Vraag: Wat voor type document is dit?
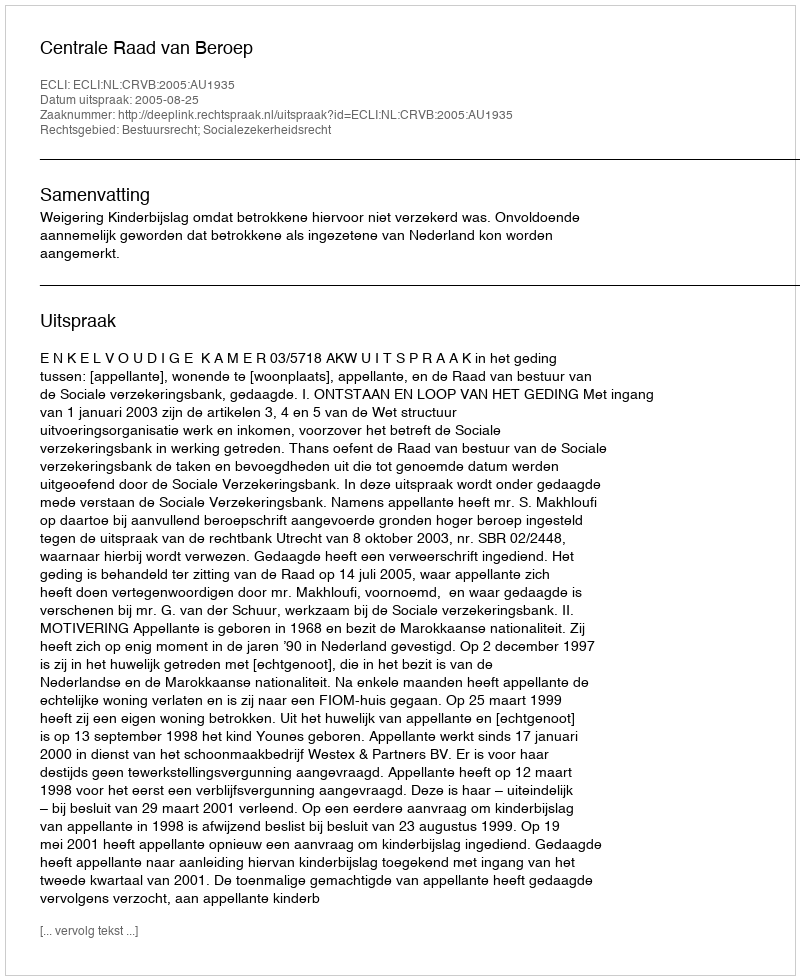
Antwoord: Uitspraak